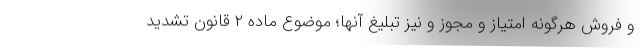
و فروش هرگونه امتیاز و مجوز و نیز تبلیغ آنها؛ موضوع ماده ۲ قانون تشدید